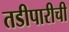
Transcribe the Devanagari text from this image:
तडीपारीची